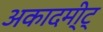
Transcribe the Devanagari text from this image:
अकादमी्ट्